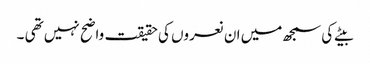
بیٹے کی سمجھ میں ان نعروں کی حقیقت واضح نہیں تھی ۔